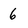
Character: 6